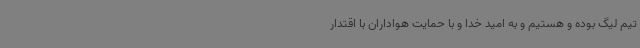
تیم لیگ بوده و هستیم‌ و به امید خدا و با حمایت هواداران با اقتدار